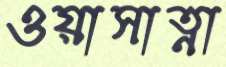
ওয়াসাত্না